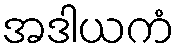
အဒါယကံ